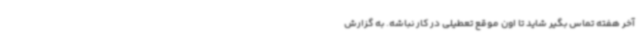
آخر هفته تماس بگیر شاید تا اون موقع تعطیلی در کار نباشه. به گزارش